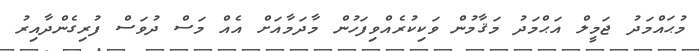
މުޙައްމަދު ޖަމީލް އަޙްމަދު މަޤާމުން ވަކިކުރެއްވިފަހުން މާދަމާއަށް އެއް މަސް ދުވަސް ފުރިގެންދާއިރު